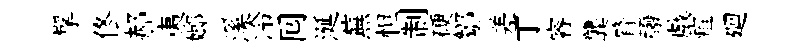
擘佟郝夷嫏溪泠囘涎蕪怛制硬鄒差丁睿龔膂醱戲疽廻